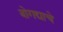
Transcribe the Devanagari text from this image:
बोगद्याचे